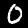
Label: 0